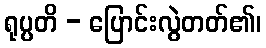
ရုပ္ပတိ - ပြောင်းလွဲတတ်၏၊